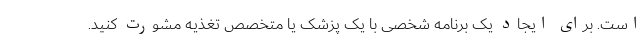
است. برای ایجاد یک برنامه شخصی با یک پزشک یا متخصص تغذیه مشورت کنید.